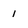
Character: 1